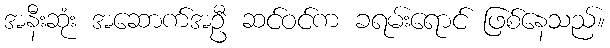
အနီးဆုံး အဆောက်အဦ ဆင်ဝင်က ခရမ်းရောင် ဖြစ်နေသည်။